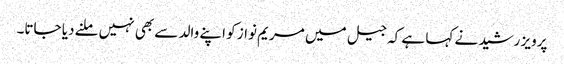
پرویز رشید نے کہا ہے کہ جیل میں مریم نواز کو اپنے والد سے بھی نہیں ملنے دیا جاتا۔